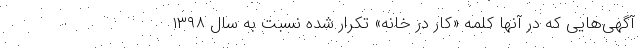
آگهی‌هایی که در آنها کلمه «کار در خانه» تکرار شده نسبت به سال ۱۳۹۸